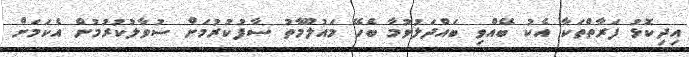
އިދިކޮޅު ފަރާތްތަކާ އެކު ބޭއްވި ބައްދަލުވުމާ ބެހޭ މައުލޫމާތު ސާފުކުރުމަށް ސުވާލުކުރުމުން އެކަމަށް